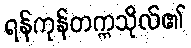
ရန်ကုန်တက္ကသိုလ်၏